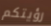
رؤيتكم